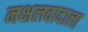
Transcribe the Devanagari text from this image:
नक्षलवादाला